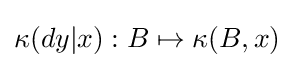
\kappa (dy|x):B\mapsto \kappa (B,x)